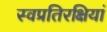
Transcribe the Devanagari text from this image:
स्वप्रतिरक्षियां